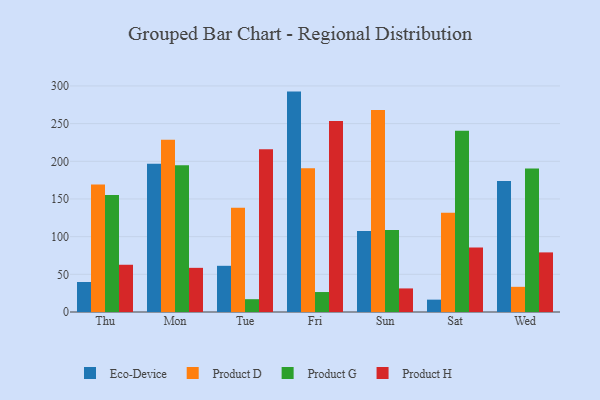
{"axis": {"x": "Day", "y": "Budget (USD K)"}, "legend": ["Eco-Device", "Product D", "Product G", "Product H"], "data": [{"x": "Thu", "y": 39.8, "type": "Eco-Device"}, {"x": "Thu", "y": 169.2, "type": "Product D"}, {"x": "Thu", "y": 155.4, "type": "Product G"}, {"x": "Thu", "y": 62.7, "type": "Product H"}, {"x": "Mon", "y": 196.8, "type": "Eco-Device"}, {"x": "Mon", "y": 228.7, "type": "Product D"}, {"x": "Mon", "y": 194.6, "type": "Product G"}, {"x": "Mon", "y": 58.6, "type": "Product H"}, {"x": "Tue", "y": 61.3, "type": "Eco-Device"}, {"x": "Tue", "y": 138.5, "type": "Product D"}, {"x": "Tue", "y": 17.0, "type": "Product G"}, {"x": "Tue", "y": 215.9, "type": "Product H"}, {"x": "Fri", "y": 292.5, "type": "Eco-Device"}, {"x": "Fri", "y": 190.8, "type": "Product D"}, {"x": "Fri", "y": 26.5, "type": "Product G"}, {"x": "Fri", "y": 253.5, "type": "Product H"}, {"x": "Sun", "y": 107.4, "type": "Eco-Device"}, {"x": "Sun", "y": 268.1, "type": "Product D"}, {"x": "Sun", "y": 108.8, "type": "Product G"}, {"x": "Sun", "y": 31.3, "type": "Product H"}, {"x": "Sat", "y": 16.4, "type": "Eco-Device"}, {"x": "Sat", "y": 131.8, "type": "Product D"}, {"x": "Sat", "y": 240.6, "type": "Product G"}, {"x": "Sat", "y": 85.6, "type": "Product H"}, {"x": "Wed", "y": 173.9, "type": "Eco-Device"}, {"x": "Wed", "y": 33.4, "type": "Product D"}, {"x": "Wed", "y": 190.5, "type": "Product G"}, {"x": "Wed", "y": 79.1, "type": "Product H"}]}